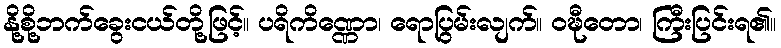
နို့စို့ဘက်ခွေးငယ်တို့ဖြင့်။ ပရိကိဏ္ဏော၊ ရောပြွမ်းလျက်။ ဝဍ္ဎီတော၊ ကြီးပြင်းရ၏။